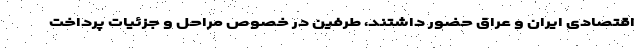
اقتصادی ایران و عراق حضور داشتند، طرفین در خصوص مراحل و جزئیات پرداخت